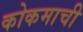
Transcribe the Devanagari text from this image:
कोकमाची